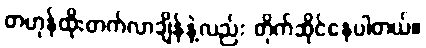
တဟုန်ထိုးတက်လာချိန်နဲ့လည်း တိုက်ဆိုင်နေပါတယ်။